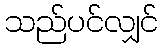
သည်ပင်လျှင်